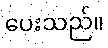
ပေးသည်။